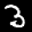
Label: 3